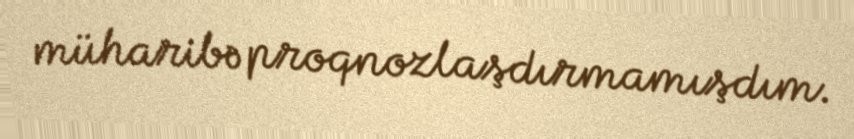
müharibə proqnozlaşdırmamışdım.